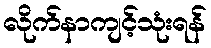
လိုက်နာကျင့်သုံးရန်